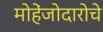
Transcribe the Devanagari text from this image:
मोहेंजोदारोचे